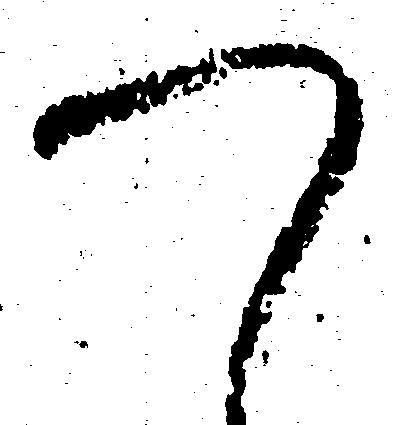
つ